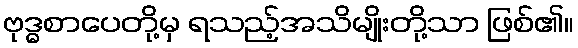
ဗုဒ္ဓစာပေတို့မှ ရသည့်အသိမျိုးတို့သာ ဖြစ်၏။